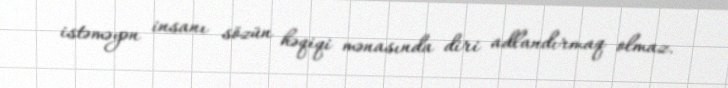
istəməyən insanı sözün həqiqi mənasında diri adlandırmaq olmaz.